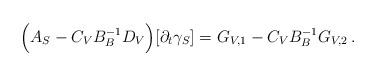
LaTeX: \begin{align*} \Big(A_{S}- C_{V}B_{B}^{-1} D_{V} \Big)[\partial_{t} \gamma_{S}]= G_{V,1} - C_{V}B_{B}^{-1} G_{V,2}\,.\end{align*}